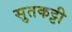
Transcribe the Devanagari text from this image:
सुतकट्टी